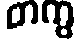
တကွ